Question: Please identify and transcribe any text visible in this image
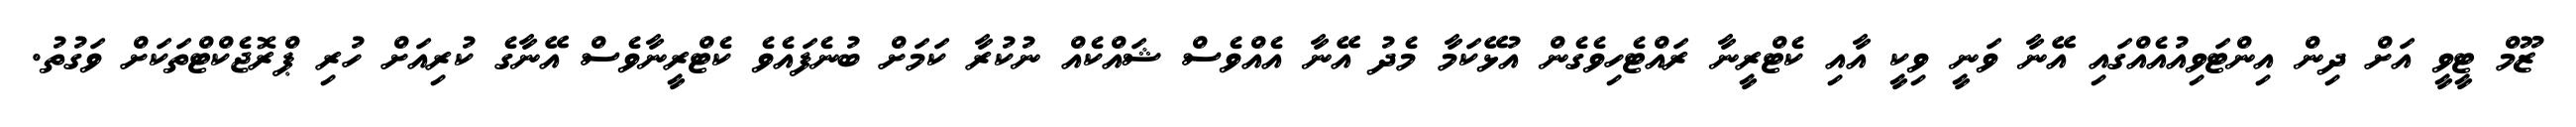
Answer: ޒޫމް ޓީވީ އަށް ދިން އިންޓަވިއުއެއްގައި އޭނާ ވަނީ ވިކީ އާއި ކެޓްރީނާ ރައްޓެހިވެގެން އުޅޭކަމާ މެދު އޭނާ އެއްވެސް ޝައްކެއް ނުކުރާ ކަމަށް ބުނެފައެވެ ކެޓްރީނާވެސް އޭނާގެ ކުރިއަށް ހުރި ޕްރޮޖެކްޓްތަކަށް ވަގުތު.